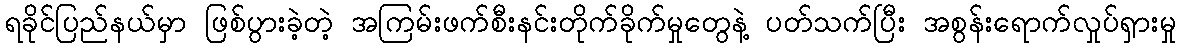
ရခိုင်ပြည်နယ်မှာ ဖြစ်ပွားခဲ့တဲ့ အကြမ်းဖက်စီးနင်းတိုက်ခိုက်မှုတွေနဲ့ ပတ်သက်ပြီး အစွန်းရောက်လှုပ်ရှားမှု